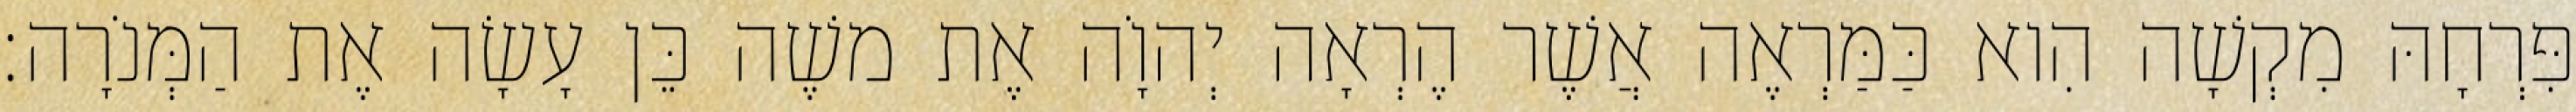
פִּרְחָהּ מִקְשָׁה הִוא כַּמַּרְאֶה אֲשֶׁר הֶרְאָה יְהוָֹה אֶת משֶׁה כֵּן עָשָׂה אֶת הַמְּנֹרָה׃